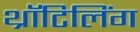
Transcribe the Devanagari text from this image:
थ्रॉटिलिंग